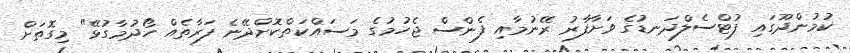
ކުމުންދޫގައި ފުޓްސެލްދަނޑުގެ ވަށާފާރު ރޭނުމާއި ފެންސް ޖެހުމުގެ މަސައްކަތްކޮށްދޭނެ ފަރާތެއް ހޯދުމާގުޅޭ" މިގޮތަށް